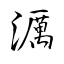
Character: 濿